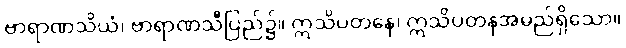
ဗာရာဏသိယံ၊ ဗာရာဏသီပြည်၌။ ဣသိပတနေ၊ ဣသိပတနအမည်ရှိသော။